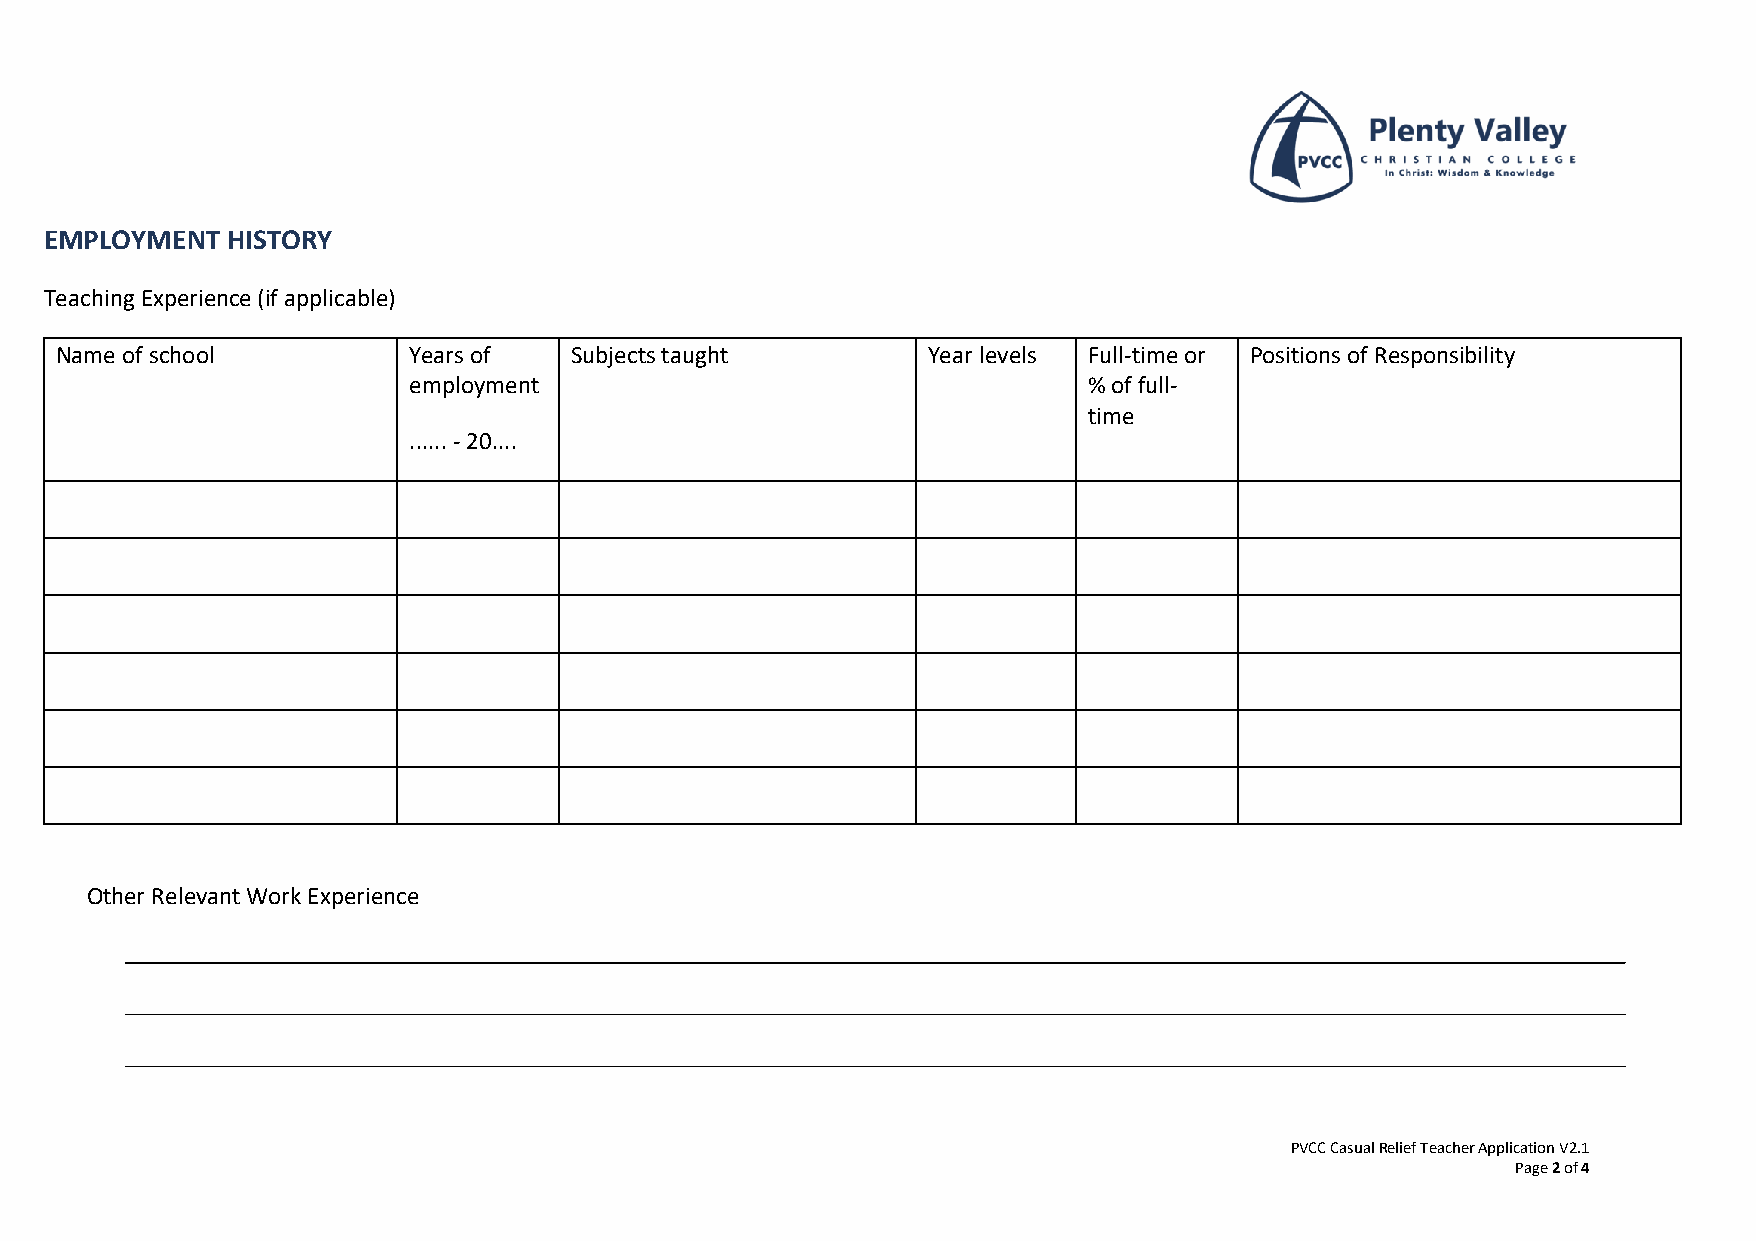
EMPLOYMENT  HISTORY
 Teaching Experience (if applicable)
 Name of school         Years of   Subjects taught        Year levels Full-time or Positions of Responsibility
 employment                                   % of full-
 time
 ...... - 20....
 Other Relevant Work Experience
 PVCC Casual Relief Teacher Application V2.1
 Page 2 of 4